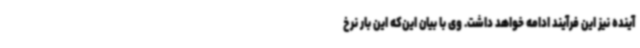
آینده نیز این فرآیند ادامه خواهد داشت. وی با بیان این‌که این بار نرخ